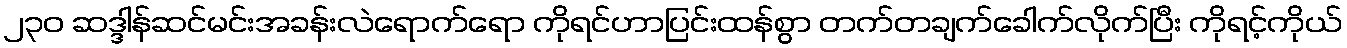
၂၃၀ ဆဒ္ဒါန်ဆင်မင်းအခန်းလဲရောက်ရော ကိုရင်ဟာပြင်းထန်စွာ တက်တချက်ခေါက်လိုက်ပြီး ကိုရင့်ကိုယ်